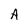
Character: A